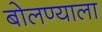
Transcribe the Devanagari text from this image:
बोलण्याला